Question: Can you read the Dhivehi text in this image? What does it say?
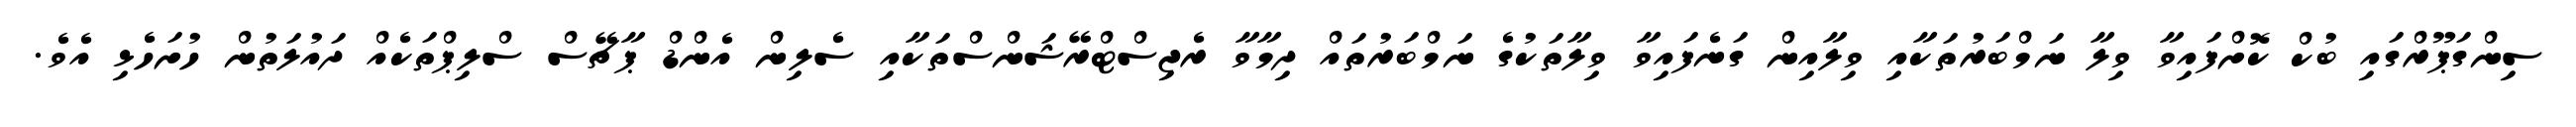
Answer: ސިންގަޕޫރްގައި ބުކް ކޮށްފައިވާ ވިލާ ނަމްބަރުތަކާއި ވިލާއިން ގަނެފައިވާ ވިލާތަކުގެ ނަމްބަރުތައް ދިމާވާ ރެޖިސްޓްރޭޝަންސްތަކާއި ސެލިން އެންޑް ޕާޗޭސް ސްލިޕްތަކެއް ދައުލަތުން ހުށަހެޅި އެވެ.